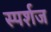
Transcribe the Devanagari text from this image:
स्पर्शज